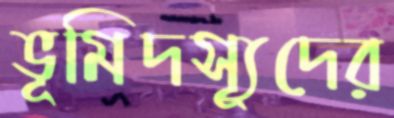
ভূমিদস্যূদের